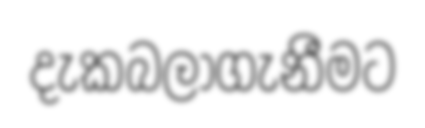
දැකබලාගැනීමට